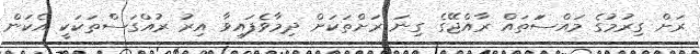
ރަށް ގިރުމުގެ މައްސަަތައް ރާއްޖޭގެ ގިނަ ރަށްތަަކަށް ދިމާވެފައިވާ އިރު ރުއްގަސްތަކަކީ އެކަން